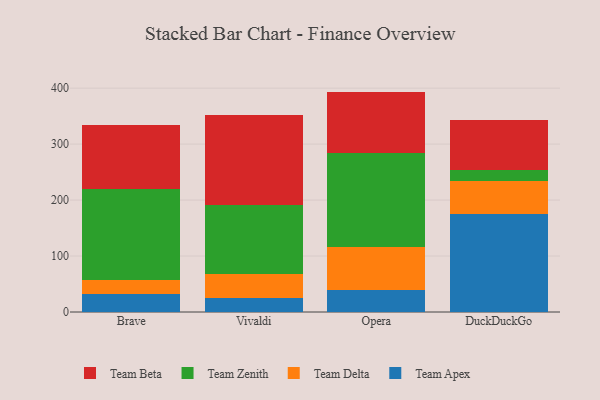
{"axis": {"x": "Browser", "y": "Shipments"}, "legend": ["Team Apex", "Team Beta", "Team Delta", "Team Zenith"], "data": [{"x": "Brave", "y": 33.0, "type": "Team Apex"}, {"x": "Brave", "y": 24.7, "type": "Team Delta"}, {"x": "Brave", "y": 162.6, "type": "Team Zenith"}, {"x": "Brave", "y": 113.6, "type": "Team Beta"}, {"x": "Vivaldi", "y": 25.7, "type": "Team Apex"}, {"x": "Vivaldi", "y": 42.7, "type": "Team Delta"}, {"x": "Vivaldi", "y": 123.2, "type": "Team Zenith"}, {"x": "Vivaldi", "y": 159.8, "type": "Team Beta"}, {"x": "Opera", "y": 38.6, "type": "Team Apex"}, {"x": "Opera", "y": 77.1, "type": "Team Delta"}, {"x": "Opera", "y": 168.2, "type": "Team Zenith"}, {"x": "Opera", "y": 109.9, "type": "Team Beta"}, {"x": "DuckDuckGo", "y": 174.3, "type": "Team Apex"}, {"x": "DuckDuckGo", "y": 58.9, "type": "Team Delta"}, {"x": "DuckDuckGo", "y": 20.8, "type": "Team Zenith"}, {"x": "DuckDuckGo", "y": 88.4, "type": "Team Beta"}]}